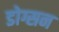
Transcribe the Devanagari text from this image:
डोग्सन